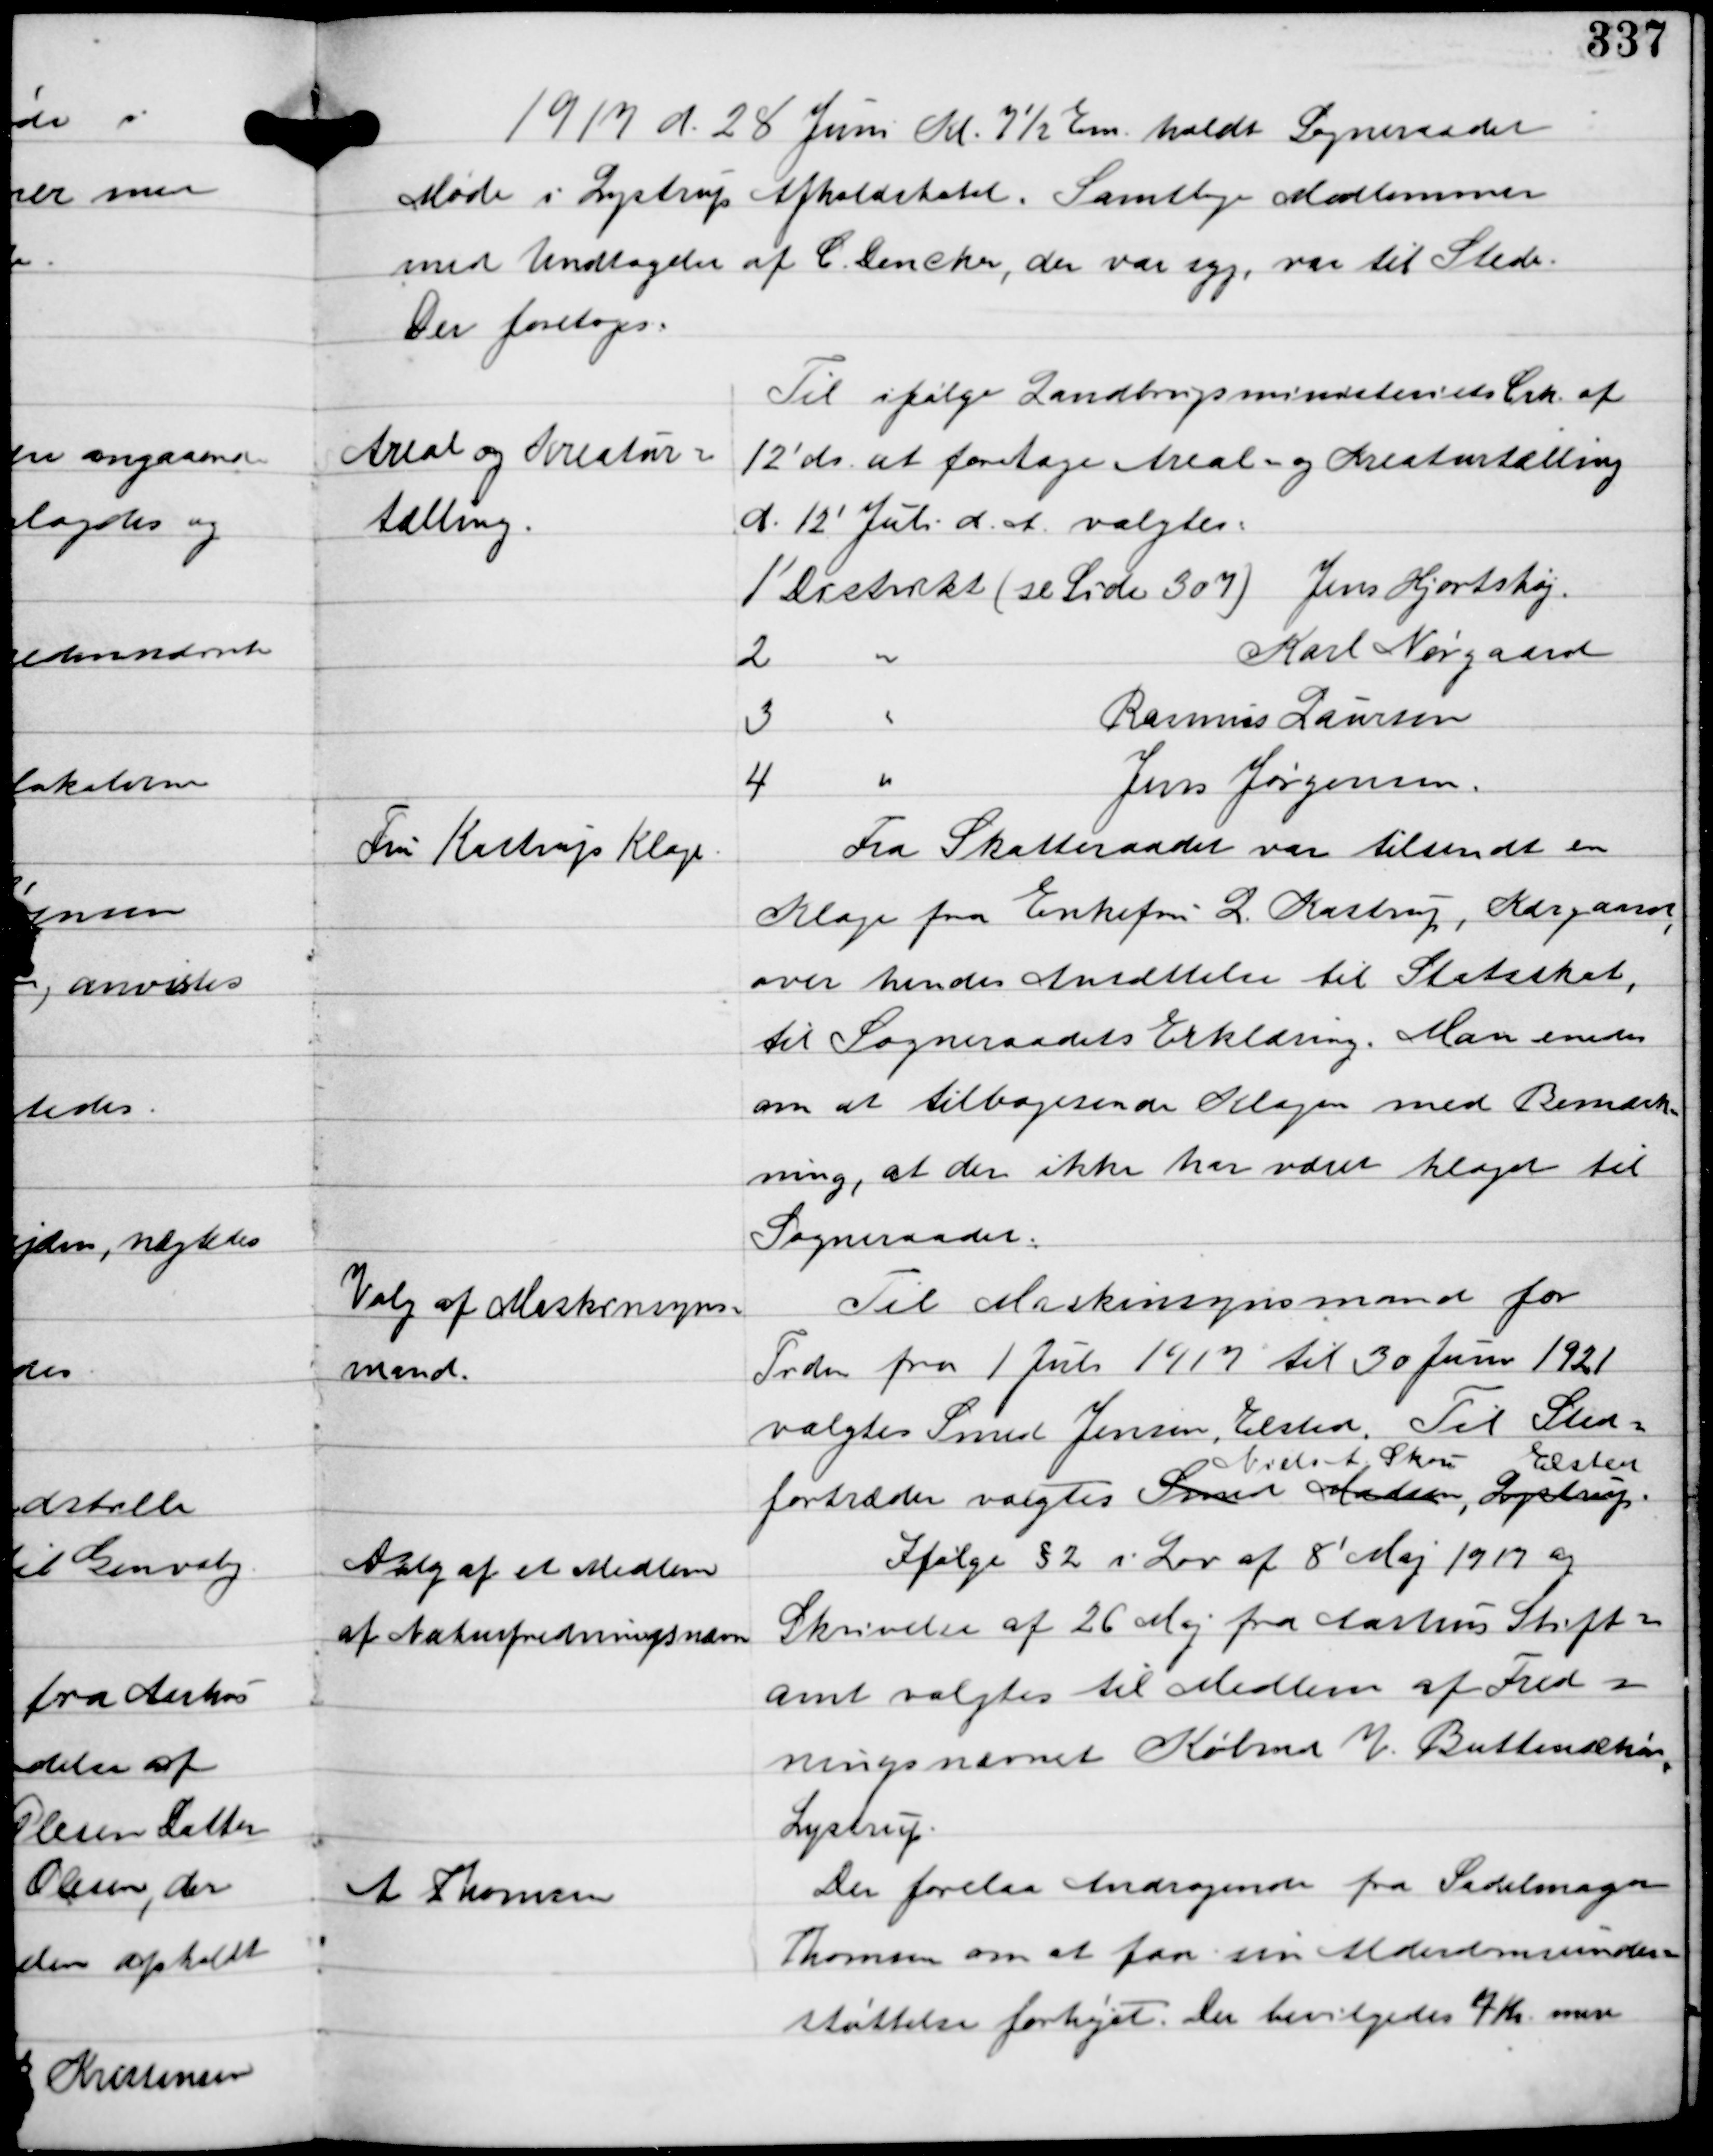
Transskription:
1917 d. 28 Juni kl. 7½ Em holdt Sogneraadet
Møde i Lystrup Afholdshotel. Samtlige Medlemmer
med Undtagelse af C. Dencker, der var syg, var til Stede.
Der foretoges.

Areal og Kreatur-
tælling.

Til ifølge Landbrugsministeriets Crk af
12'ds at foretage Areal- og Kreaturtælling
d. 12' Juli d.A. valgtes:
1' Distrikt (se Side 307) Jens Hjortshøj.
2 '' Karl Nørgaard
3 '' Rasmus Laursen
4 '' Jens Jørgensen

Fru Kastrups Klage

Fra Skatteraadet var tilsendt en
Klage fra Enkefrue L. Kastrup, Kærgaard,
over hendes Ansættelse til Statsskat,
til Sogneraadets Erklæring. Man enedes
om at tilbagesende Klagen med Bemærk-
ning, at der ikke har været klaget til
Sogneraadet.

Valg af Maskinsyns
mand.

Til Maskinsynsmand for
Tiden fra 1 Juli 1917 til 30 Juni 1921
valgtes Smed Jensen, Elsted. Til Sted-
fortræder valgtes Smed Madsen, Lystrup
Niels A. Skou Elsted

Valg af et Medlem
af Naturfredningsnævn

Ifølge §2 i Lov af 8' Maj 1917 og
Skrivelse af 26 Maj fra Aarhus Stift-
amt valgtes til Medlem af Fred-
ningsnævnet Købmd. V. Buttenschøn,
Lystrup.

A Thomsen

Der forelaa Andragende fra Sadelmager
Thomsen om at faa sin Alderdomsunder-
støttelse forhøjet. Der bevilgedes 7 Kr. mere.